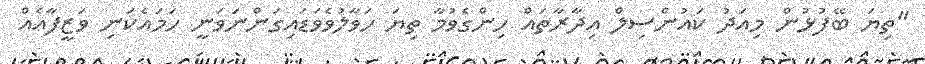
"ތިޔަ ބޭފުޅުން މިއަދު ކައުންސިލް އިދާރާތައް ހިންގެވުމާ ތިޔަ ހަވާލުވެވަޑައިގަންނަވަނީ ހަމައެކަނި ވަޒީފާއެއް